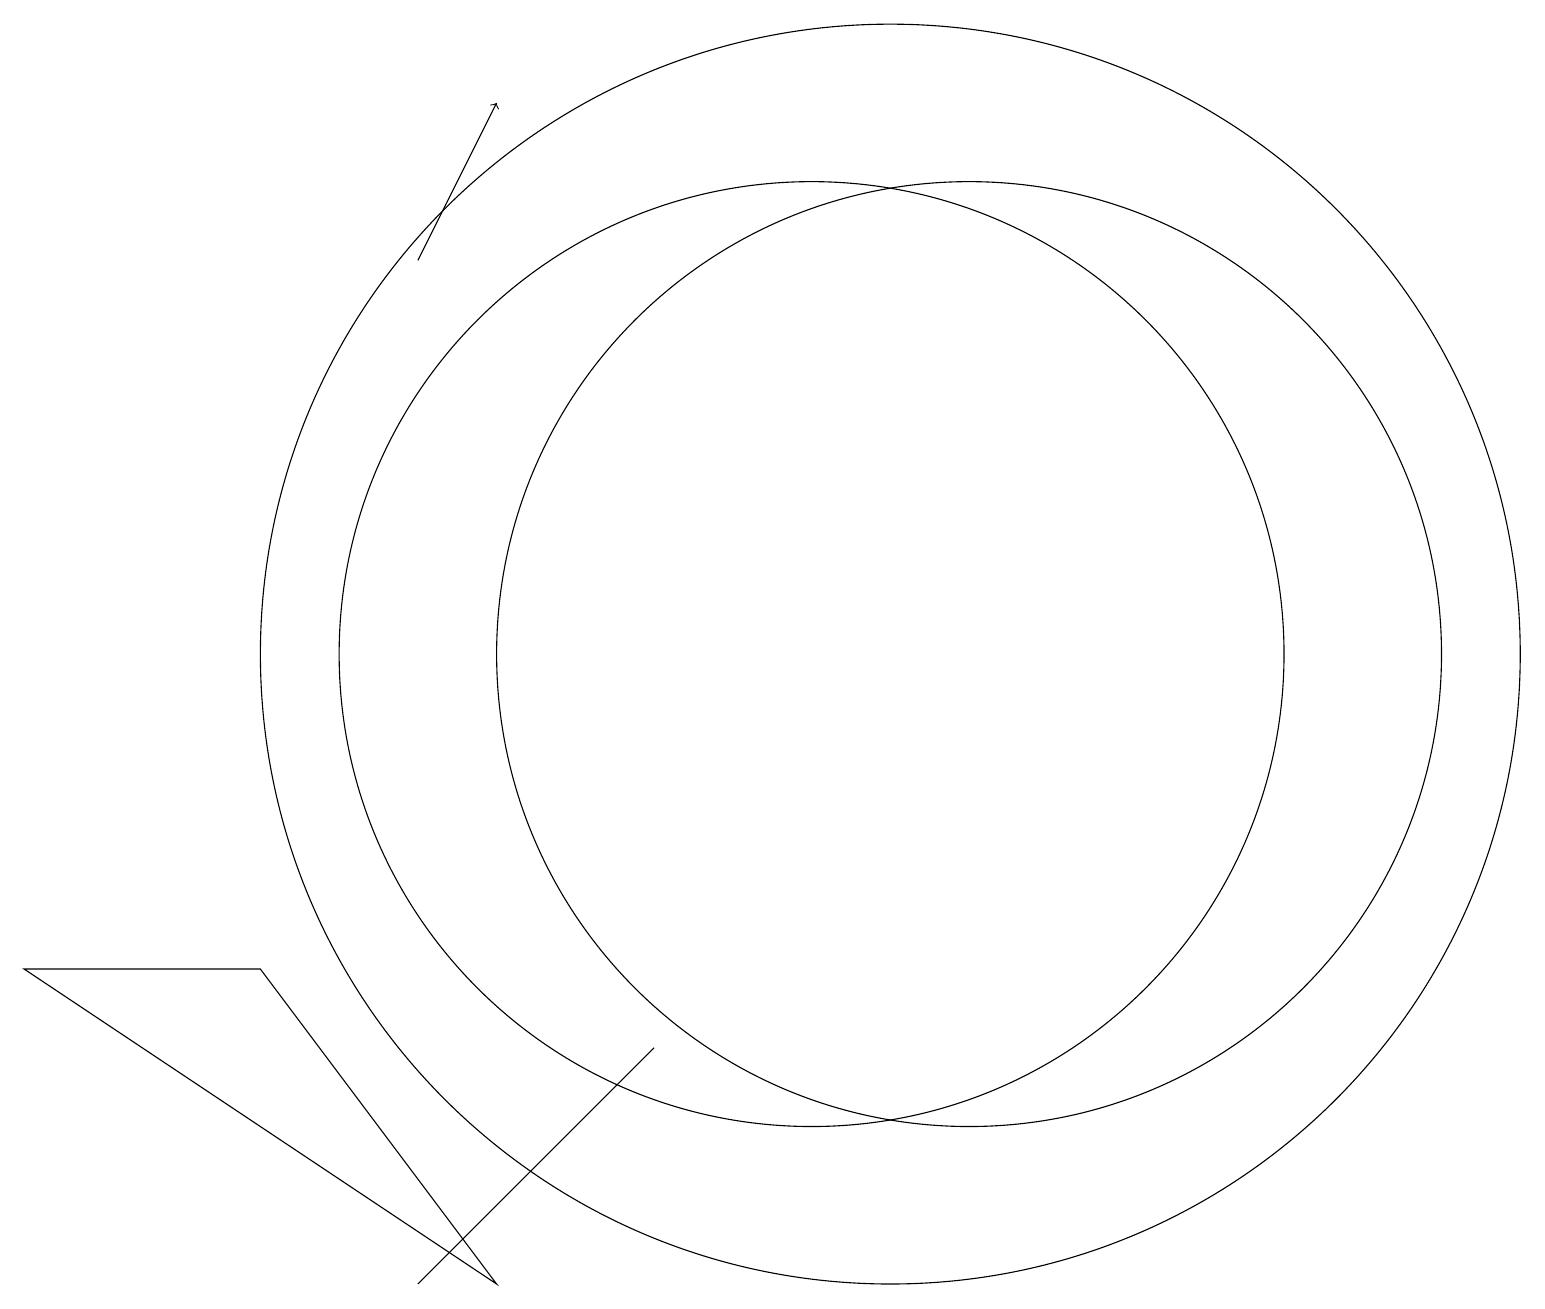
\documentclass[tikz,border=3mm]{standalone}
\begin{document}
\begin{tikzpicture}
\draw[->] (5,15) -- (6,17);
\draw (10,10) circle (6);
\draw (3,6) -- (6,2) -- (0,6) -- cycle;
\draw (12,10) circle (6);
\draw (11,10) circle (8);
\draw (5,2) -- (6,3) -- (8,5) -- cycle;
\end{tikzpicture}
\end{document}